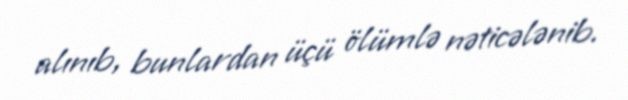
alınıb, bunlardan üçü ölümlə nəticələnib.